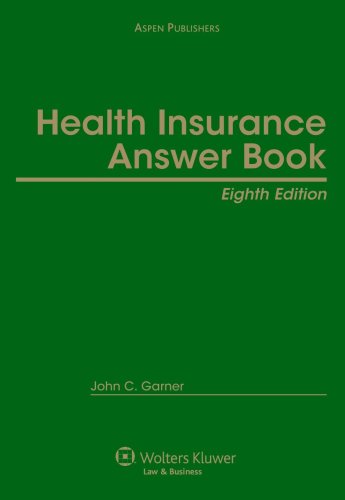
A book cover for Health Insurance Answer Book; John C. Garner; Law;